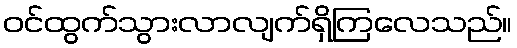
ဝင်ထွက်သွားလာလျက်ရှိကြလေသည်။